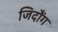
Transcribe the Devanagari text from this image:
जिदौंग